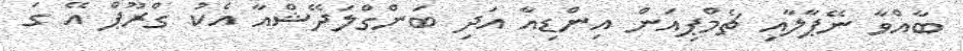
ބާއްވާ ނޭޕާލާއި ޗެމްޕިއަން އިންޑިއާ އަދި ބަންގްލަދޭޝްއާ އެކު ގްރޫޕް އޭ ގަ